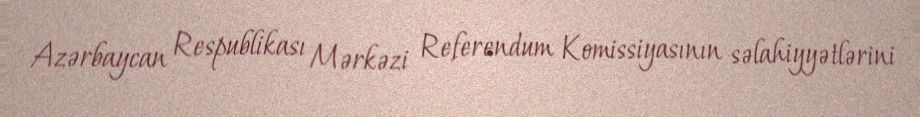
Azərbaycan Respublikası Mərkəzi Referendum Komissiyasının səlahiyyətlərini